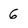
Character: 6